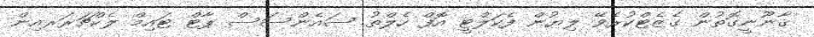
ޤާނޫނީގޮތުން ގެޒެޓްކުރެވޭ ލިޔުން ފެކަލްޓީ އޮފް ހެލްތު ސައެންސަސް ޕާޓް ޓައިމް ލެކްޗަރަރއިން